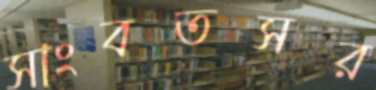
সাংবতসর